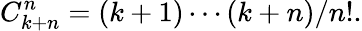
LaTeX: C_{k+n}^{n}=(k+1)\cdots(k+n)/n!.